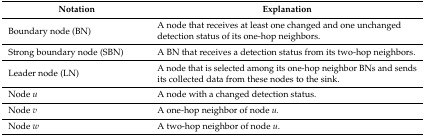
<table><thead><tr><td><b>Notation</b></td><td><b>Explanation</b></td></tr></thead><tbody><tr><td>Boundary node (BN) </td><td>A node that receives at least one changed and one unchanged detection status of its one-hop neighbors.</td></tr><tr><td>Strong boundary node (SBN)</td><td>A BN that receives a detection status from its two-hop neighbors.</td></tr><tr><td>Leader node (LN)</td><td>A node that is selected among its one-hop neighbor BNs and sends its collected data from these nodes to the sink.</td></tr><tr><td>Node <i>u</i></td><td>A node with a changed detection status. </td></tr><tr><td>Node <i>v</i></td><td>A one-hop neighbor of node <i>u.</i></td></tr><tr><td>Node <i>w</i></td><td>A two-hop neighbor of node <i>u</i>.</td></tr></tbody></table>